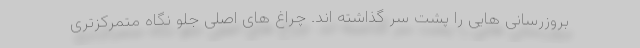
بروزرسانی هایی را پشت سر گذاشته اند. چراغ های اصلی جلو نگاه متمرکزتری